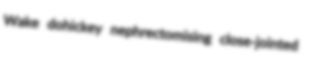
Wake dohickey nephrectomising close-jointed